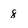
Character: 8